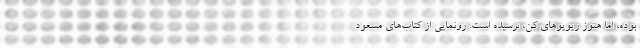
بوده، اما هنوز ریویوهای کن، نرسیده است. رونمایی از کتاب‌های مسعود